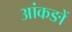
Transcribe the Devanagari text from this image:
आंकङों